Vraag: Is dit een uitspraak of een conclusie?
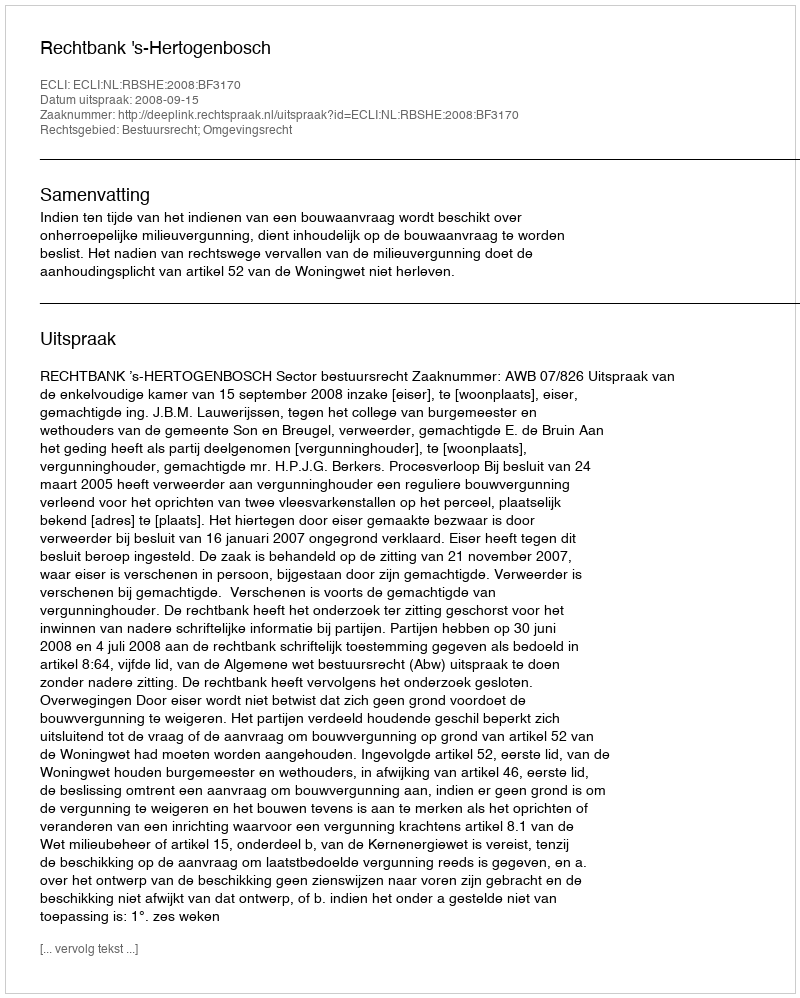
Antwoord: Uitspraak